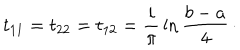
LaTeX: t _ { 1 1 } = t _ { 2 2 } = t _ { 1 2 } = { \frac { i } { \pi } } \ln { \frac { b - a } { 4 } } \, \cdotp